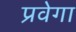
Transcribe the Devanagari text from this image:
प्रवेगा